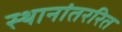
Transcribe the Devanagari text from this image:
स्थानांतररित